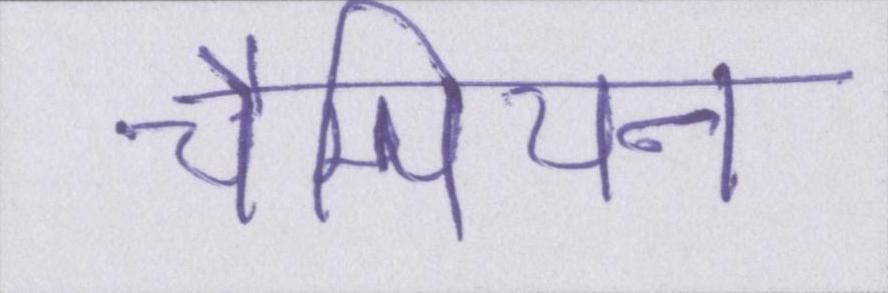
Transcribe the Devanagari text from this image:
चैम्पियन